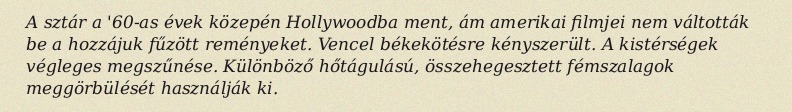
A sztár a '60-as évek közepén Hollywoodba ment, ám amerikai filmjei nem váltották be a hozzájuk fűzött reményeket. Vencel békekötésre kényszerült. A kistérségek végleges megszűnése. Különböző hőtágulású, összehegesztett fémszalagok meggörbülését használják ki.